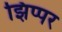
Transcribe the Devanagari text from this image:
झिप्पर